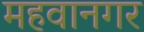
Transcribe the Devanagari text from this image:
महवानगर